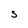
Character: S